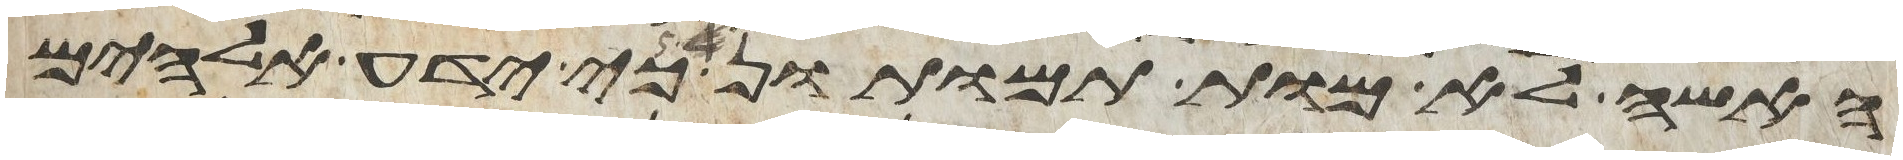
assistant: האשה לא מות תמותון כי ידע אלהים